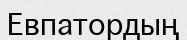
Евпатордың